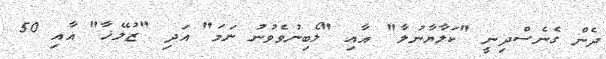
ދެން ގެނެސްދިނީ "ކަލާޔާނުލާ" އާއި "ލޯބިނުވެވުނު ނަމަ" އަދި "ޒުލޭޚާ" އާއި 50